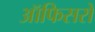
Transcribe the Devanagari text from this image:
ऑफिसरों